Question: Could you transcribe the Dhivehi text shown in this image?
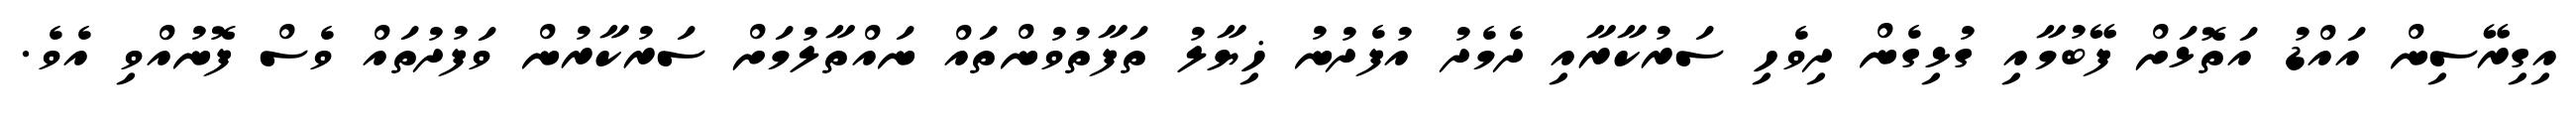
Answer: އިގިރޭސިން އައްޑު އަތޮޅަށް ފޭބުމާއި ގުޅިގެން ދިވެހި ސަރުކާރާއި ދެމެދު އުފެދުނު ޚިޔާލު ތަފާތުވުންތައް ނައްތާލުމަށް ސަރުކާރުން ވަފުދުތައް ވެސް ފޮނުއްވި އެވެ.